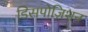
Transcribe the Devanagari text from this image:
डिसपोज़िशन